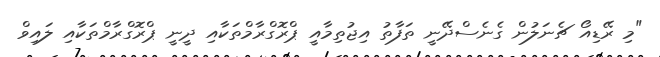
"މި ރޭޑިއޯ ޗެނަލުން ގެނެސްދޭނީ ތަފާތު އިޖުތިމާއީ ޕްރޮގްރާމްތަކާއި ދީނީ ޕްރޮގްރާމްތަކާއި ލައިވް